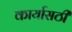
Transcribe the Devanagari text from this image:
कार्यासठी